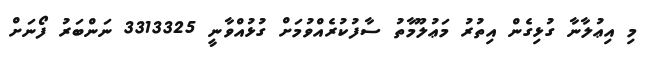
މި އިޢުލާނާ ގުޅިގެން އިތުރު މަޢުލޫމާތު ސާފުކުރެއްވުމަށް ގުޅުއްވާނީ 3313325 ނަންބަރު ފޯނަށް